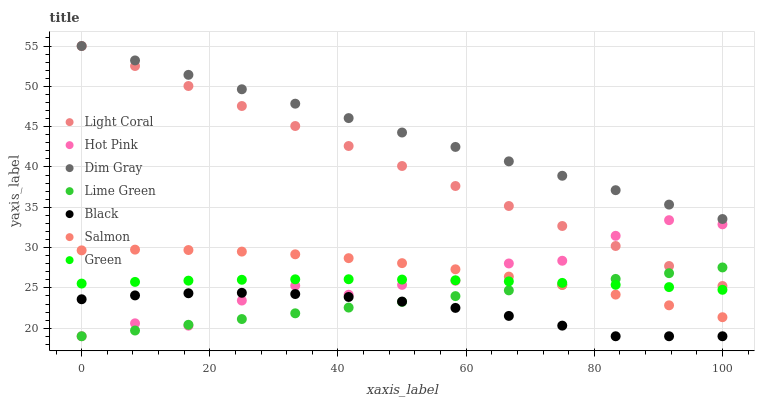
| xaxis_label | Light Coral | Hot Pink | Dim Gray | Lime Green | Black | Salmon | Green |
 | --- | --- | --- | --- | --- | --- | --- | --- |
 | 0 | 55 | 19 | 55 | 19 | 23.6 | 29.7 | 25.5 |
 | 8.33 | 52.5 | 20.6 | 53.2 | 19.7 | 24.1 | 29.7 | 25.7 |
 | 16.7 | 50 | 20.3 | 51.4 | 20.4 | 24.3 | 29.7 | 25.9 |
 | 25 | 47.6 | 23.4 | 49.6 | 21.1 | 24.4 | 29.5 | 26 |
 | 33.3 | 45.1 | 25.3 | 47.8 | 21.8 | 24.2 | 29.2 | 26.1 |
 | 41.7 | 42.6 | 24.1 | 46.1 | 22.6 | 23.9 | 28.7 | 26.1 |
 | 50 | 40.1 | 25.4 | 44.3 | 23.3 | 23.3 | 28.1 | 26 |
 | 58.3 | 37.6 | 25.9 | 42.5 | 24 | 22.5 | 27.3 | 25.9 |
 | 66.7 | 35.2 | 28 | 40.7 | 24.7 | 21.5 | 26.4 | 25.8 |
 | 75 | 32.7 | 28.4 | 38.9 | 25.4 | 20.3 | 25.4 | 25.6 |
 | 83.3 | 30.2 | 31.5 | 37.1 | 26.1 | 19 | 24.2 | 25.4 |
 | 91.7 | 27.7 | 33.4 | 35.3 | 26.8 | 19 | 22.8 | 25.1 |
 | 100 | 25.2 | 32.9 | 33.5 | 27.5 | 19 | 21.4 | 24.8 |